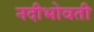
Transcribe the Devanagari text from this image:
नदीभोवती